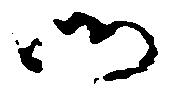
御